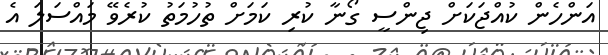
އަންހެން ކުއްޖަކަށް ޖިންސީ ގޯނާ ކުރި ކަމަށް ތުހުމަތު ކުރެވޭ މައްސަލަ އެ